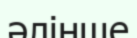
әлінше